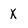
Character: x